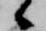
候